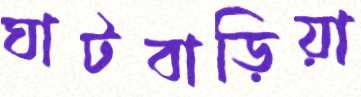
ঘাটবাড়িয়া